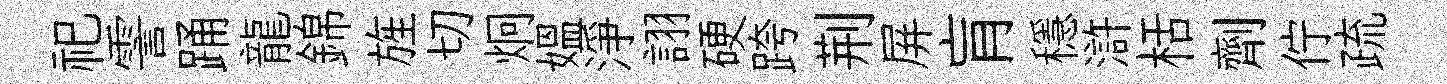
祀霅踊龍錦旌切炯媪淨詡硬跨荆屏肓穩滸栝劑佇疏